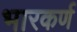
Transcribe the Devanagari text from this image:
भारकर्ण